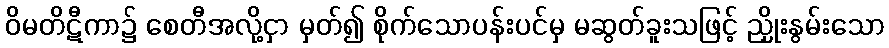
ဝိမတိဋီကာ၌ စေတီအလို့ငှာ မှတ်၍ စိုက်သောပန်းပင်မှ မဆွတ်ခူးသဖြင့် ညှိုးနွမ်းသော